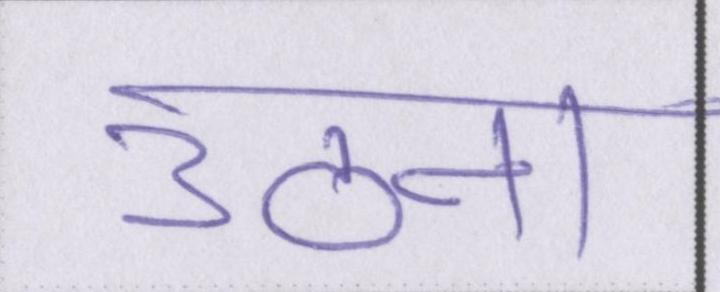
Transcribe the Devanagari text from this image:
उठना